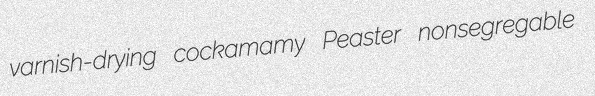
varnish-drying cockamamy Peaster nonsegregable